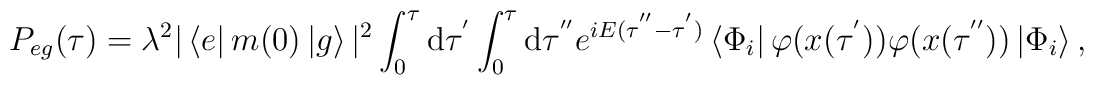
P_{eg}(\tau)=\lambda^{2}|\left<e\right|m(0)\left|g\right>|^{2}\int_{0}^{\tau}{\rm d}\tau^{'}\int_{0}^{\tau}{\rm d}\tau^{''}e^{iE(\tau^{''}-\tau^{'})}\left<\Phi_{i}\right|\varphi(x(\tau^{'}))\varphi(x(\tau^{''}))\left|\Phi_{i}\right>,